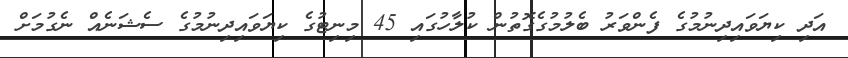
އަދި ކިޔަވައިދިނުމުގެ ފެންވަރު ބެލުމުގެގޮތުން ކުލާހުގައި 45 މިނިޓުގެ ކިޔަވައިދިނުމުގެ ސެޝަނެއް ނެގުމަށް